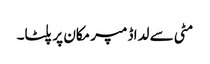
مٹی سے لدا ڈمپر مکان پر پلٹا۔